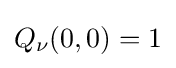
Q_{\nu }(0,0)=1